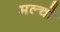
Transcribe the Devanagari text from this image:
मल्चो